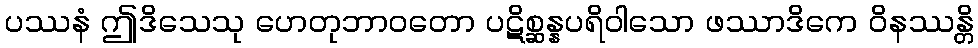
ပဿနံ ဤဒိသေသု ဟေတုဘာဝတော ပဋိစ္ဆန္နပရိဝါသော ဖဿာဒိကေ ဝိနဿန္တိ